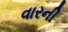
વારની